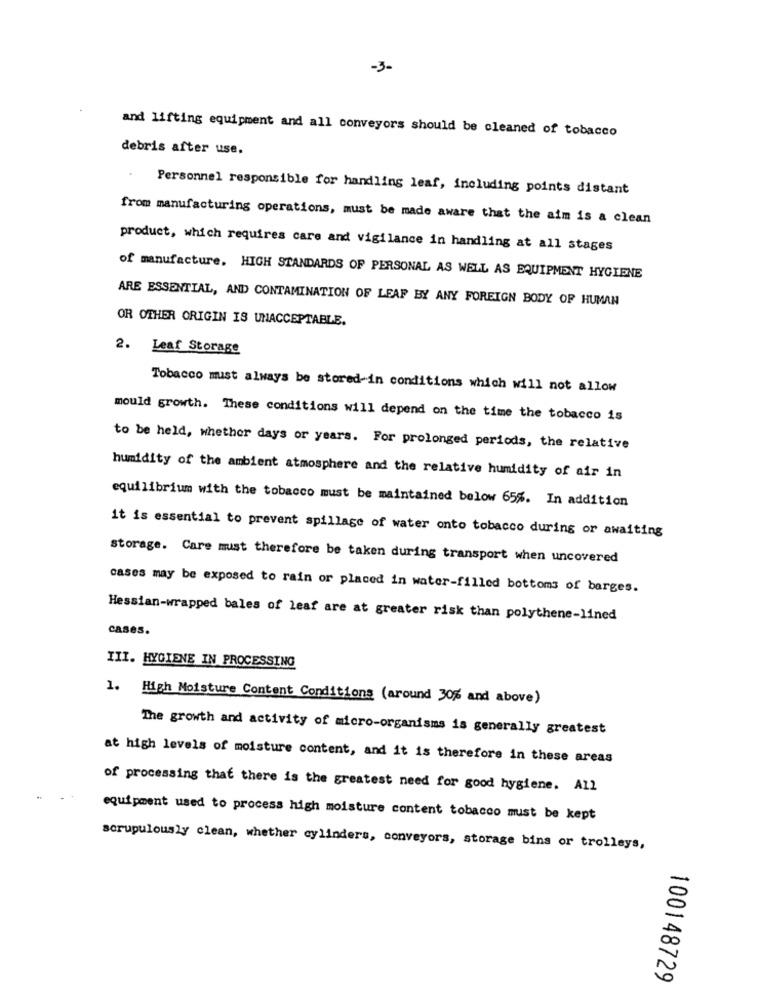
-3-
and lifting equipment and all conveyors should be cleaned of tobacco
debris after use.
Personnel responsible for handling leaf, including points distant
from manufacturing operations, must be made aware that the aim is a clean
product, which requires care and vigilance in handling at all stages
of manufacture, HIGH STANDARDS OF PERSONAL AS WELL AS EQUIPMENT HYGIENE
ARE ESSENTIAL, AND CONTAMINATION OF LEAF BY ANY FOREIGN BODY OF HUMAN
OR OTHER ORIGIN IS UNACCEPTABLE.
2. Leaf Storage
Tobacco must always be stored in conditions which will not allow
mould growth. These conditions will depend on the time the tobacco is
to be held, whether days or years. For prolonged periods, the relative
humidity of the ambient atmosphere and the relative humidity of air in
equilibrium with the tobacco must be maintained below 65%. In addition
it is essential to prevent spillage of water onto tobacco during or awaiting
storage. Care must therefore be taken during transport when uncovered
cases may be exposed to rain or placed in water-filled bottoms of barges.
Hessian-wrapped bales of leaf are at greater risk than polythene-lined
cases.
III. HYGIENE IN PROCESSING
1. High Moisture Content Conditions (around 30% and above)
The growth and activity of micro-organisms is generally greatest
at high levels of moisture content, and it is therefore in these areas
of processing that there is the greatest need for good hygiene. All
equipment used to process high moisture content tobacco must be kept
scrupulously clean, whether cylinders, conveyors, storage bins or trolleys,
100148729